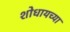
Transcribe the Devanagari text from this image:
शोधायच्या